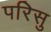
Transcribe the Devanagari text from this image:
परिसु